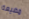
مضيعة